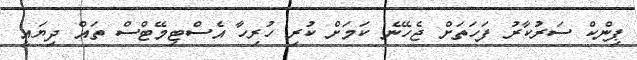
ޕިންކް ސަރުކާރު ފަހަތަށް ޖެހޭނެ ކަމަށް ކުރި ހުރިހާ އެސްޓިމޭޓްސް ތައް ދިޔައީ